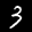
Label: 3